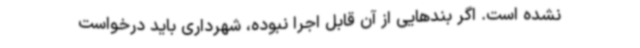
نشده است. اگر بندهایی از آن قابل اجرا نبوده، شهرداری باید درخواست